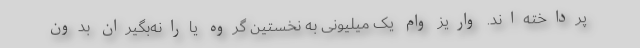
پرداخته‌اند. واریز وام یک میلیونی به نخستین گروه یارانه‌بگیران بدون